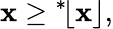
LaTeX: \mathbf{x}\geq{}^{*}\! \lfloor\mathbf{x}\rfloor,